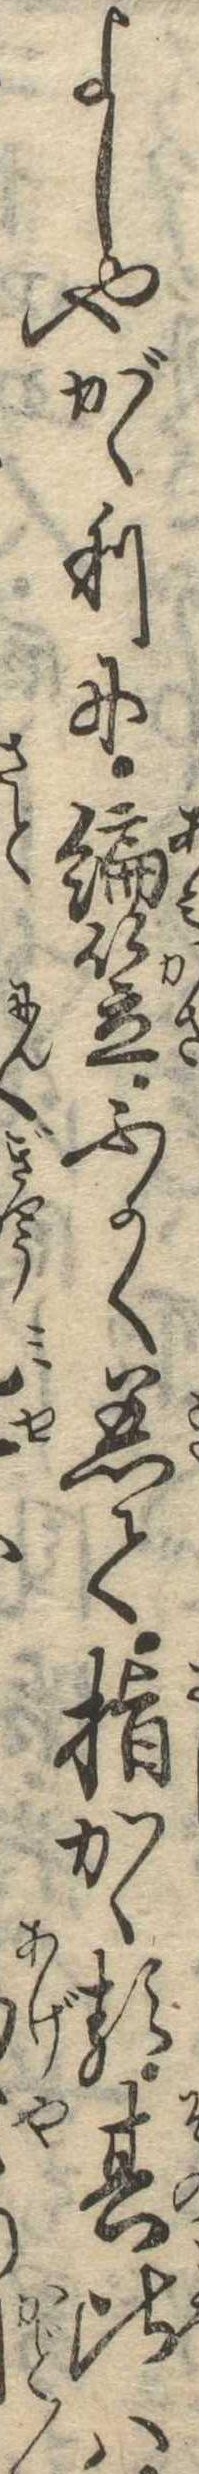
よしやがゝりに編笠ふかく着て指かゝる其比は